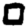
Digit: 0